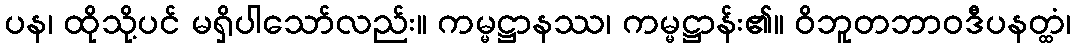
ပန၊ ထိုသို့ပင် မရှိပါသော်လည်း။ ကမ္မဋ္ဌာနဿ၊ ကမ္မဋ္ဌာန်း၏။ ဝိဘူတဘာဝဒီပနတ္ထံ၊